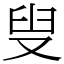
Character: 叟